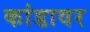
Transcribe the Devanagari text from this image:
कांडावर